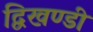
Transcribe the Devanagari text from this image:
द्विखण्डी